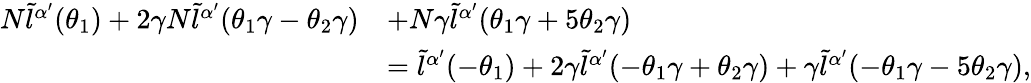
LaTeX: \begin{array}{rl}{N\tilde{l}^{\alpha{'}}(\theta_{1})+2\gamma N\tilde{l}^{\alpha{'}}(\theta_{1}\gamma-\theta_{2}\gamma)}&{+N\gamma\tilde{l}^{\alpha{'}}(\theta_{1}\gamma+5\theta_{2}\gamma)}\\ &{=\tilde{l}^{\alpha{'}}(-\theta_{1})+2\gamma\tilde{l}^{\alpha{'}}(-\theta_{1}\gamma+\theta_{2}\gamma)+\gamma\tilde{l}^{\alpha{'}}(-\theta_{1}\gamma-5\theta_{2}\gamma),}\end{array}